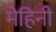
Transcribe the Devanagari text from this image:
मेहिनी